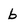
Character: b